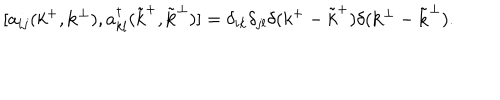
LaTeX: [ a _ { i j } ( k ^ { + } , { \bf k } ^ { \perp } ) , a _ { k l } ^ { \dagger } ( { \tilde { k } } ^ { + } , { \tilde { \bf k } } ^ { \perp } ) ] = \delta _ { i k } \delta _ { j l } \delta ( k ^ { + } - { \tilde { k } } ^ { + } ) \delta ( { \bf k } ^ { \perp } - { \tilde { \bf k } } ^ { \perp } ) .